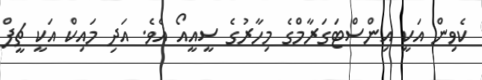
ކެވިން އަކީ އިންސްޓަގަރާމްގެ މިހާރުގެ ސީއީއޯ އެވެ. އަދި މައިކް އަކީ ޗީފް